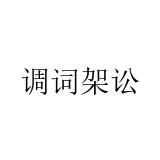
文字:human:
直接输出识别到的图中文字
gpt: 调词架讼